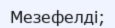
Мезефелді;